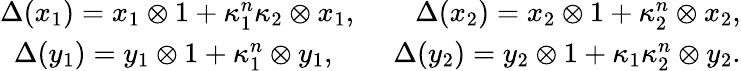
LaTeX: \begin{array}{r}{\Delta(x_{1})=x_{1}\otimes 1+\kappa_{1}^{n}\kappa_{2}\otimes x_{1},\qquad\Delta(x_{2})=x_{2}\otimes 1+\kappa_{2}^{n}\otimes x_{2},}\\ {\Delta(y_{1})=y_{1}\otimes 1+\kappa_{1}^{n}\otimes y_{1},\qquad\Delta(y_{2})=y_{2}\otimes 1+\kappa_{1}\kappa_{2}^{n}\otimes y_{2}.}\end{array}